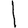
Digit: 1